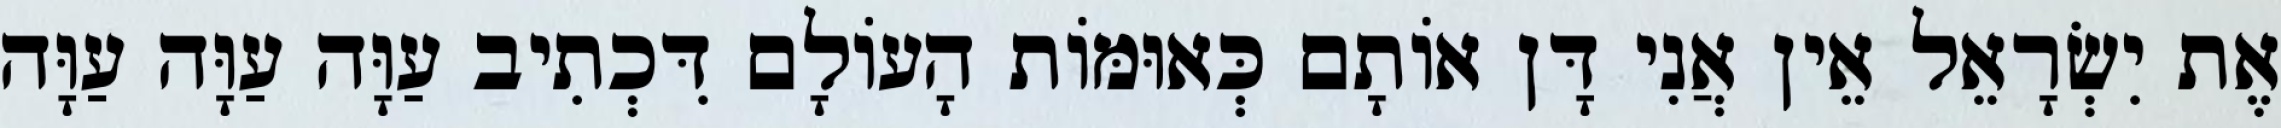
אֶת יִשְׂרָאֵל אֵין אֲנִי דָּן אוֹתָם כְּאוּמּוֹת הָעוֹלָם דִּכְתִיב עַוָּה עַוָּה עַוָּה